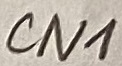
Text: CN1